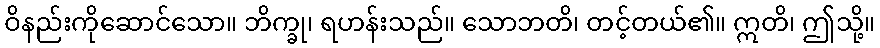
ဝိနည်းကိုဆောင်သော။ ဘိက္ခု၊ ရဟန်းသည်။ သောဘတိ၊ တင့်တယ်၏။ ဣတိ၊ ဤသို့။